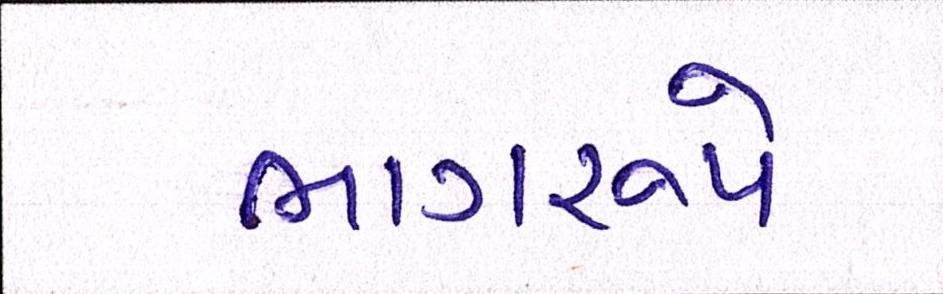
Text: ભાગરૂપે